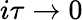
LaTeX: i\tau\rightarrow 0